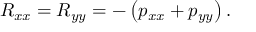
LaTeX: R _ { x x } = R _ { y y } = - \left( p _ { x x } + p _ { y y } \right) .